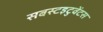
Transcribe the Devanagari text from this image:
सबस्टइटुवेंटस